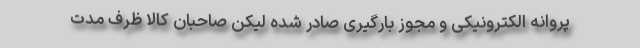
پروانه الکترونیکی و مجوز بارگیری صادر شده لیکن صاحبان کالا ظرف مدت